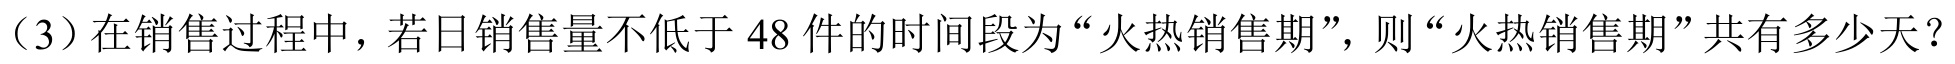
(3)在销售过程中，若日销售量不低于$48$件的时间段为“火热销售期”，则“火热销售期”共有多少天？